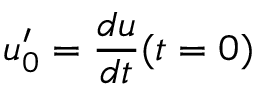
u _ { 0 } ^ { \prime } = \frac { d u } { d t } ( t = 0 )